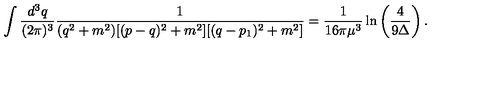
\int \frac { d ^ { 3 } q } { ( 2 \pi ) ^ { 3 } } \frac { 1 } { ( q ^ { 2 } + m ^ { 2 } ) [ ( p - q ) ^ { 2 } + m ^ { 2 } ] [ ( q - p _ { 1 } ) ^ { 2 } + m ^ { 2 } ] } = \frac { 1 } { 1 6 \pi \mu ^ { 3 } } \ln \left( \frac { 4 } { 9 \Delta } \right) .